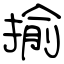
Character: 揄